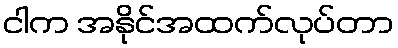
ငါက အနိုင်အထက်လုပ်တာ